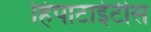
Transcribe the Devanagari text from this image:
हिपाटाईटीस